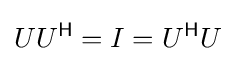
UU^{\mathsf {H}}=I=U^{\mathsf {H}}U